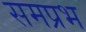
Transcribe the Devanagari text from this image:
समप्रभ